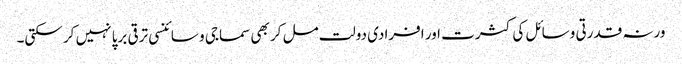
ورنہ قدرتی وسائل کی کثرت اور افرادی دولت مل کر بھی سماجی و سائنسی ترقی برپا نہیں کر سکتی۔